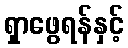
ရှာဖွေရန်နှင့်